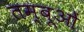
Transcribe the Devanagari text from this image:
तम्बूओं